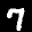
Label: 7